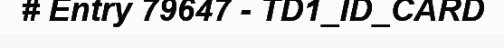
# Entry 79647 - TD1_ID_CARD